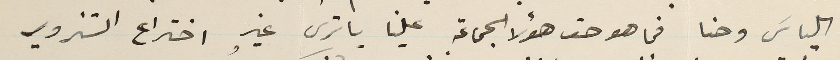
الياسَ وحنا فما هو حق هؤلا الجماعة علينا يا ترى غير اختراع التزوير